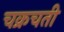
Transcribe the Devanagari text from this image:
चक्रचती